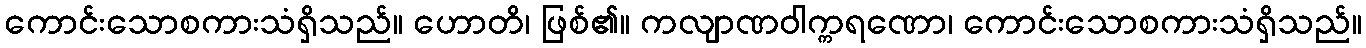
ကောင်းသောစကားသံရှိသည်။ ဟောတိ၊ ဖြစ်၏။ ကလျာဏဝါက္ကရဏော၊ ကောင်းသောစကားသံရှိသည်။